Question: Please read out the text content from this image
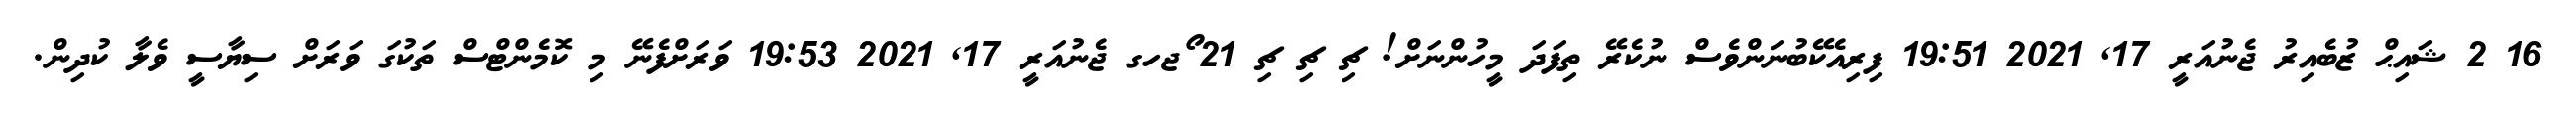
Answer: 16 2 ޝައިޙް ޒުބެއިރު ޖެނުއަރީ 17, 2021 19:51 ފިރިއެކޭބުނަންވެސް ނުކެރޭ ތިފަދަ މީހުންނަށް! ޗި ޗި ޗި 21 ޯޖހގ ޖެނުއަރީ 17, 2021 19:53 ވަރަށްފެނޭ މި ކޮމެންޓްސް ތަކުގަ ވަރަށް ސިޔާސީ ވެލާ ކުދިން.